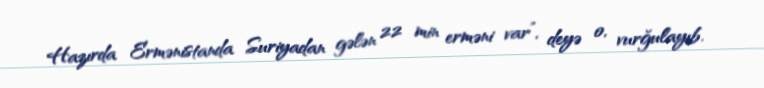
Hazırda Ermənistanda Suriyadan gələn 22 min erməni var”, deyə o, vurğulayıb.